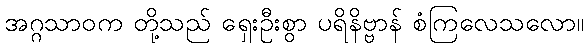
အဂ္ဂသာဝက တို့သည် ရှေးဦးစွာ ပရိနိဗ္ဗာန် စံကြလေသလော။